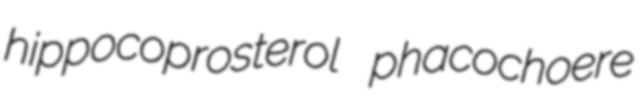
hippocoprosterol phacochoere